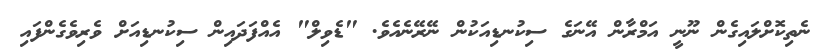
ނެތިކޮށްލައިގެން ނޫނީ އަމްރާން އޭނަގެ ސިކުނޑިއަކުން ނޭރޭނެއެވެ. "ޑެވިލް" އެއްފަދައިން ސިކުނޑިއަށް ވެރިވެގެންފައި